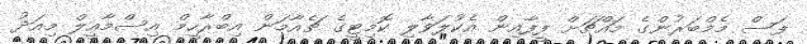
ފަސް މެމްބަރުންގެ މައްޗަށް ފީފާއިން އެކުލަވާލި ކޮމިޓީގެ ޗެއާމަން އިބްރާހީމް އިސްމާއީލް މިއަދު